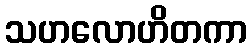
သဟလောဟိတကာ